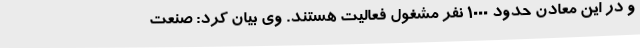
و در این معادن حدود 1000 نفر مشغول فعالیت هستند. وی بیان کرد: صنعت